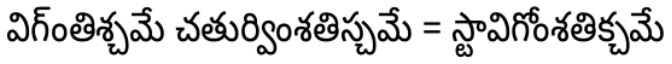
విగ్ంతిశ్చమే చతుర్వింశతిస్చమే = స్టావిగోంశతిక్చమే